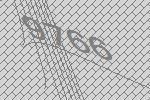
9766